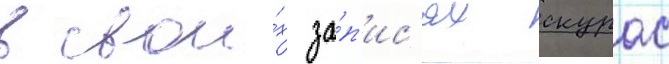
в свои́х за́п'ис'ях скурас